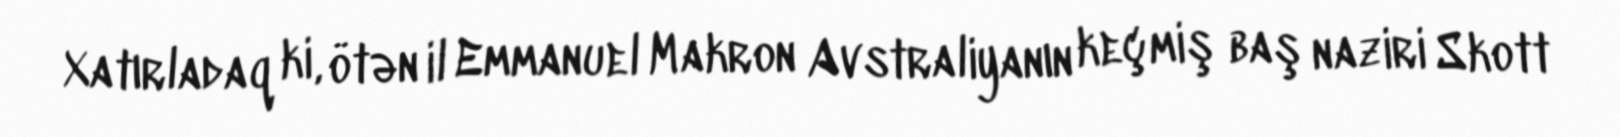
Xatırladaq ki, ötən il Emmanuel Makron Avstraliyanın keçmiş baş naziri Skott